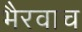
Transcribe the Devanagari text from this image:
भैरवाच